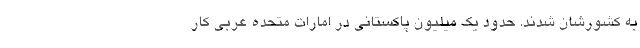
به کشورشان شدند. حدود یک میلیون پاکستانی در امارات متحده عربی کار